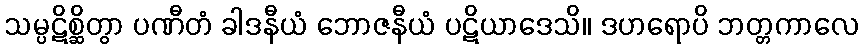
သမ္ပဋိစ္ဆိတွာ ပဏီတံ ခါဒနီယံ ဘောဇနီယံ ပဋိယာဒေသိ။ ဒဟရောပိ ဘတ္တကာလေ